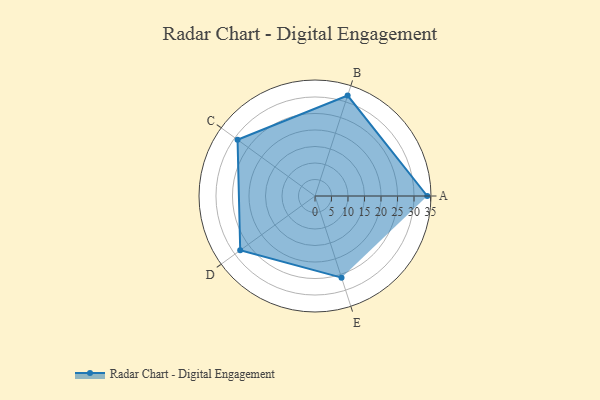
{"axis": {"x": "Skill", "y": "Score"}, "legend": ["Profile"], "data": [{"x": "A", "y": 34.0, "type": "Profile"}, {"x": "B", "y": 32.0, "type": "Profile"}, {"x": "C", "y": 29.0, "type": "Profile"}, {"x": "D", "y": 28.0, "type": "Profile"}, {"x": "E", "y": 26.0, "type": "Profile"}]}